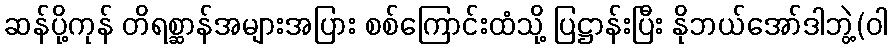
ဆန်ပို့ကုန် တိရစ္ဆာန်အများအပြား စစ်ကြောင်းထံသို့ ပြဋ္ဌာန်းပြီး နိုဘယ်အော်ဒါဘွဲ့(ဝါ